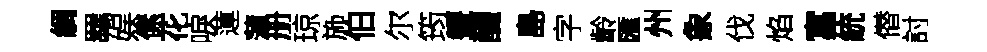
綢羈娱傃花唳蓮蒲册琼斾伯尔筠顰釅島字齡匯州象伐焰富統僣討